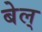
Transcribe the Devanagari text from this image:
बेल्